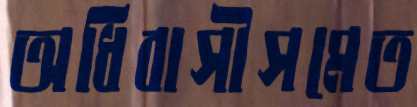
অধিবাসীসমেত